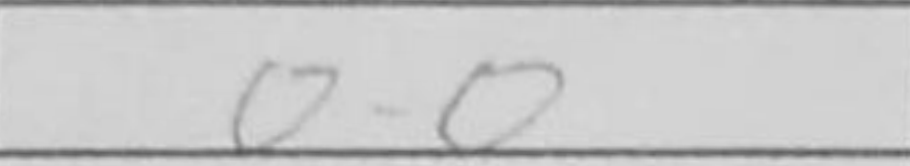
Transcription: O-O